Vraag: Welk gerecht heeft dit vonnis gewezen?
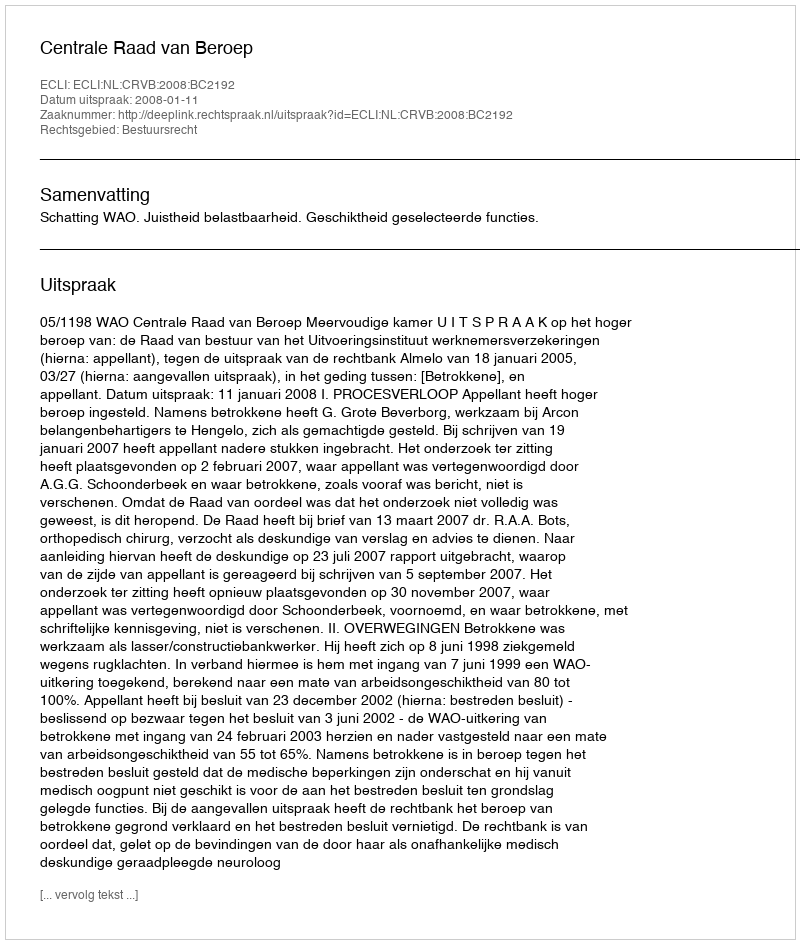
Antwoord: Centrale Raad van Beroep